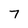
Character: 7